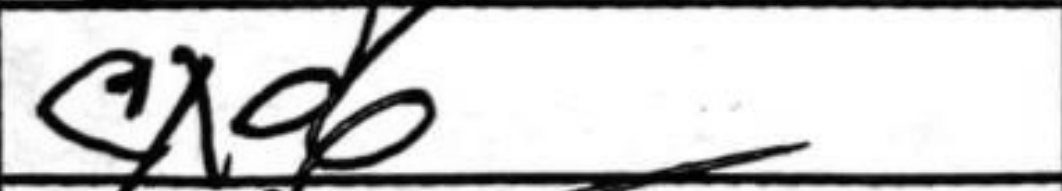
Transcription: cxd6